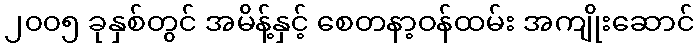
၂၀၀၅ ခုနှစ်တွင် အမိန့်နှင့် စေတနာ့ဝန်ထမ်း အကျိုးဆောင်